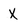
Character: X